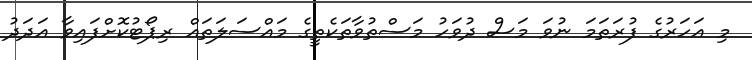
މި އަހަރުގެ ފުރަތަމަ ނުވަ މަސް ދުވަހު މަސްތުވާތަކެތީގެ މައްސަލަތައް ރިޕޯޓުކޮށްފައިވާ އަދަދު